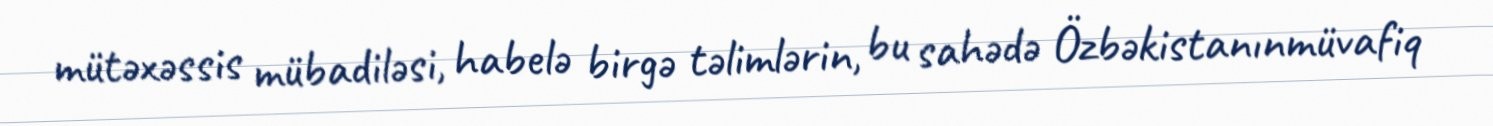
mütəxəssis mübadiləsi, habelə birgə təlimlərin, bu sahədə Özbəkistanınmüvafiq